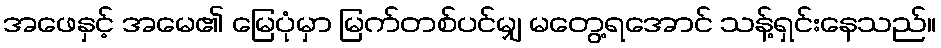
အဖေနှင့် အမေ၏ မြေပုံမှာ မြက်တစ်ပင်မျှ မတွေ့ရအောင် သန့်ရှင်းနေသည်။